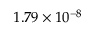
1 . 7 9 \times 1 0 ^ { - 8 }